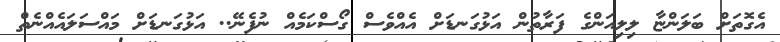
އެގޮތަށް ބަލަންޏާ ލިލިއަންގެ ފަރާތުން އަޅުގަނޑަށް އެއްވެސް ގޯސްކަމެއް ނުފެނޭ.. އަޅުގަނޑަށް މައްސަލައެއްނެތް